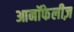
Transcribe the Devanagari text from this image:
आनॉफेलीज़